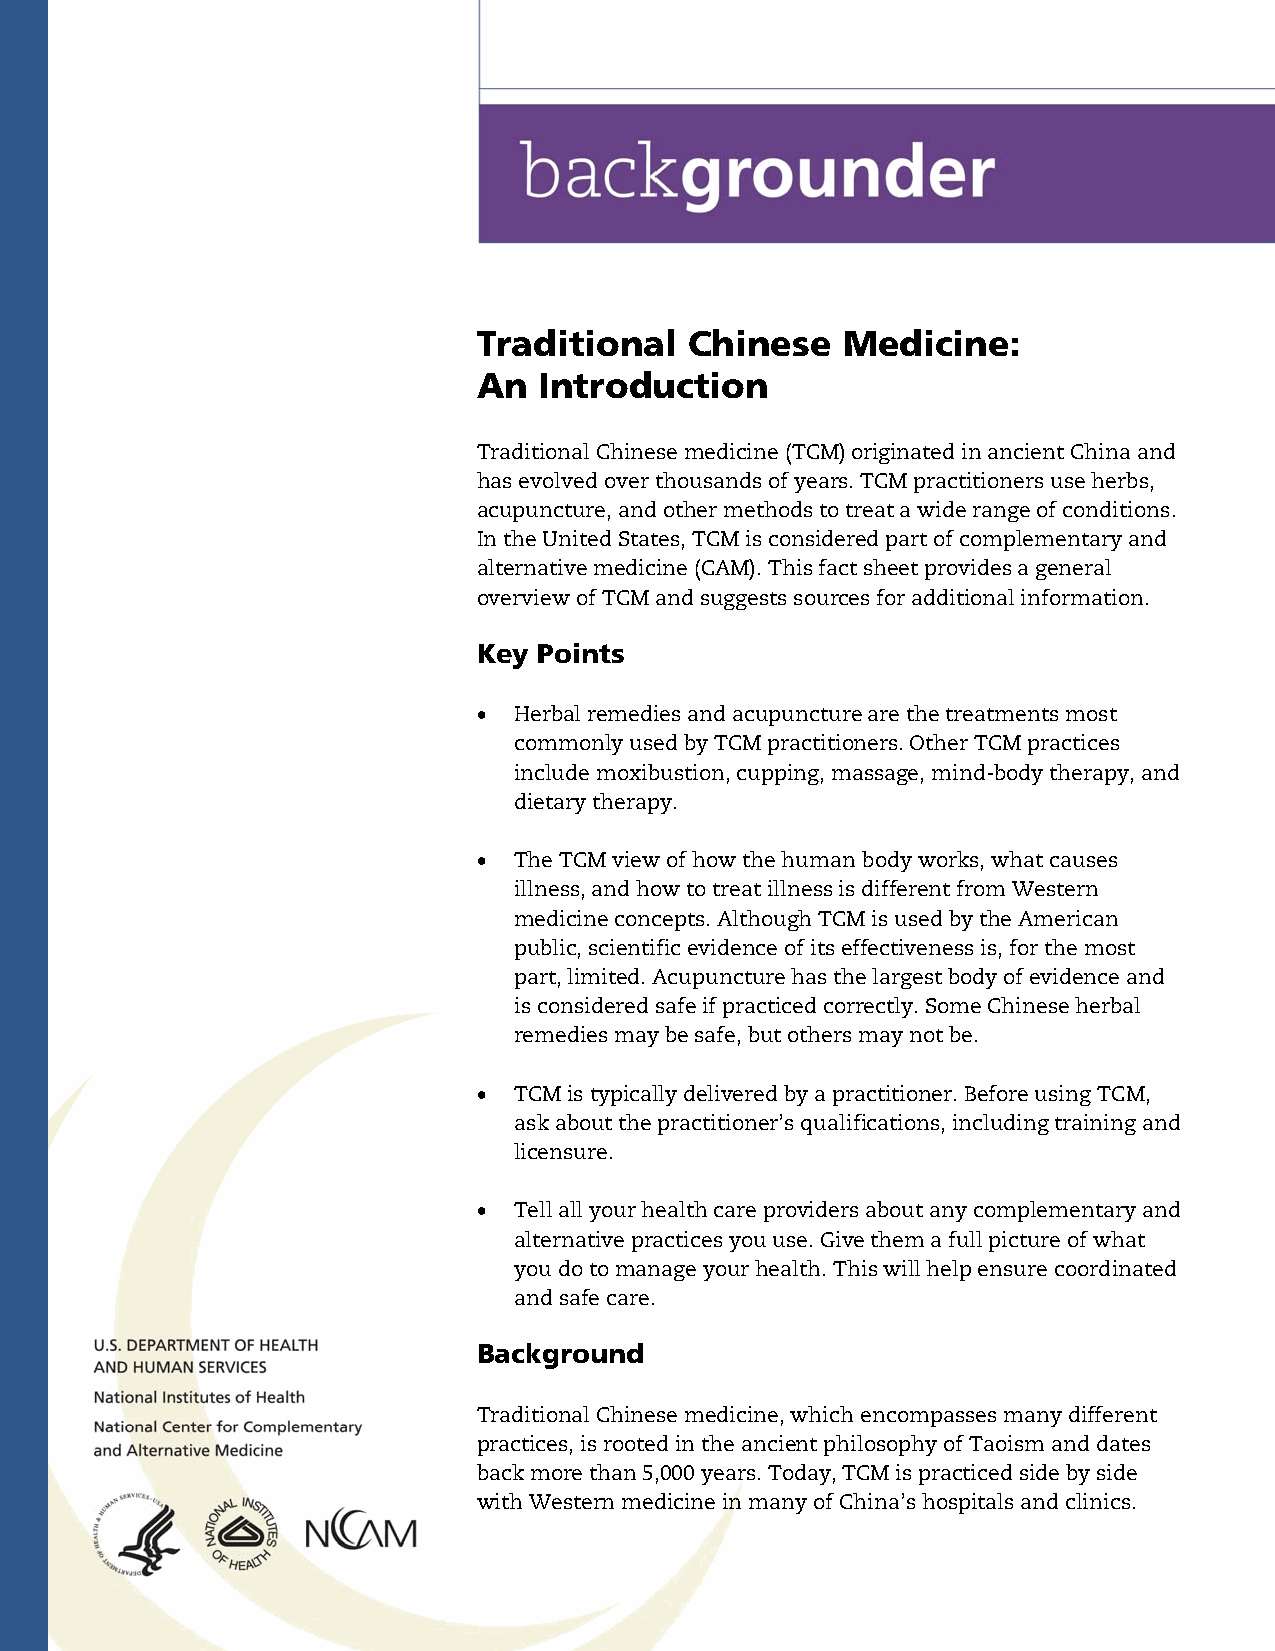
Traditional   Chinese   Medicine:
 An  Introduction
 Traditional Chinese medicine (TCM) originated in ancient China and
 has evolved over thousands of years. TCM practitioners use herbs,
 acupuncture, and other methods to treat a wide range of conditions.
 In the United States, TCM is considered part of complementary and
 alternative medicine (CAM). This fact sheet provides a general
 overview of TCM and suggests sources for additional information.
 Key Points
  Herbal remedies and acupuncture are the treatments most
 commonly used by TCM practitioners. Other TCM practices
 include moxibustion, cupping, massage, mind-body therapy, and
 dietary therapy.
  The TCM view of how the human body works, what causes
 illness, and how to treat illness is different from Western
 medicine concepts. Although TCM is used by the American
 public, scientific evidence of its effectiveness is, for the most
 part, limited. Acupuncture has the largest body of evidence and
 is considered safe if practiced correctly. Some Chinese herbal
 remedies may be safe, but others may not be.
  TCM is typically delivered by a practitioner. Before using TCM,
 ask about the practitioner’s qualifications, including training and
 licensure.
  Tell all your health care providers about any complementary and
 alternative practices you use. Give them a full picture of what
 you do to manage your health. This will help ensure coordinated
 and safe care.
 Background
 Traditional Chinese medicine, which encompasses many different
 practices, is rooted in the ancient philosophy of Taoism and dates
 back more than 5,000 years. Today, TCM is practiced side by side
 with Western medicine in many of China’s hospitals and clinics.